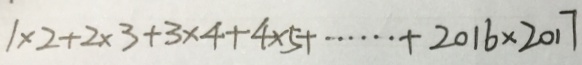
1 \times 2 + 2 \times 3 + 3 \times 4 + 4 \times 5 + \cdots + 2 0 1 6 \times 2 0 1 7